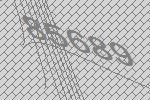
85689